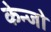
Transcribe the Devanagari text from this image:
केन्जो